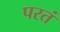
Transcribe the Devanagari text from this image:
परतं